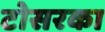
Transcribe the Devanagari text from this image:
टोसरका